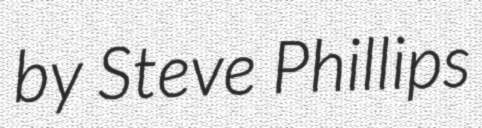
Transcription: by Steve Phillips